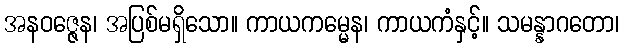
အနဝဇ္ဇေန၊ အပြစ်မရှိသော။ ကာယကမ္မေန၊ ကာယကံနှင့်။ သမန္နာဂတော၊